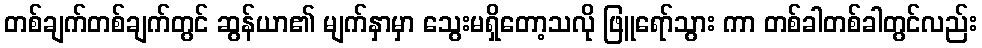
တစ်ချက်တစ်ချက်တွင် ဆွန်ယာ၏ မျက်နှာမှာ သွေးမရှိတော့သလို ဖြူရော်သွား ကာ တစ်ခါတစ်ခါတွင်လည်း